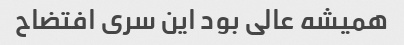
همیشه عالی بود این سری افتضاح